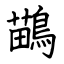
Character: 鶓